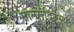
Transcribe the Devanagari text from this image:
मानमंदिरस्थ